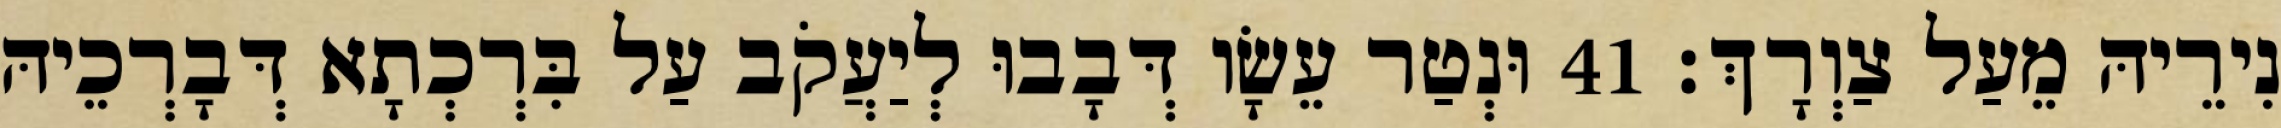
נִירֵיהּ מֵעַל צַוְרָךְ׃ 41 וּנְטַר עֵשָׂו דְּבָבוּ לְיַעֲקֹב עַל בִּרְכְתָא דְּבָרְכֵיהּ